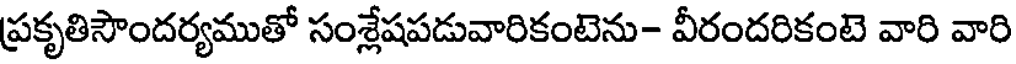
ప్రకృతిసౌందర్యముతో సంశ్లేషపడువారికంటెను- వీరందరికంటె వారి వారి